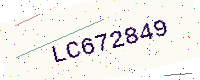
Text: LC672849